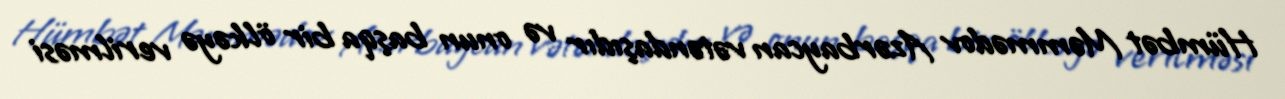
Hümbət Məmmədov Azərbaycan vətəndaşıdır və onun başqa bir ölkəyə verilməsi